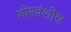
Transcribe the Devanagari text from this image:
गोरवंशीय